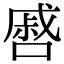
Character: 㗤